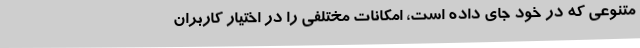
متنوعی که در خود جای داده است، امکانات مختلفی را در اختیار کاربران